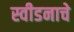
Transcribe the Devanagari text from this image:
स्वीडनाचे